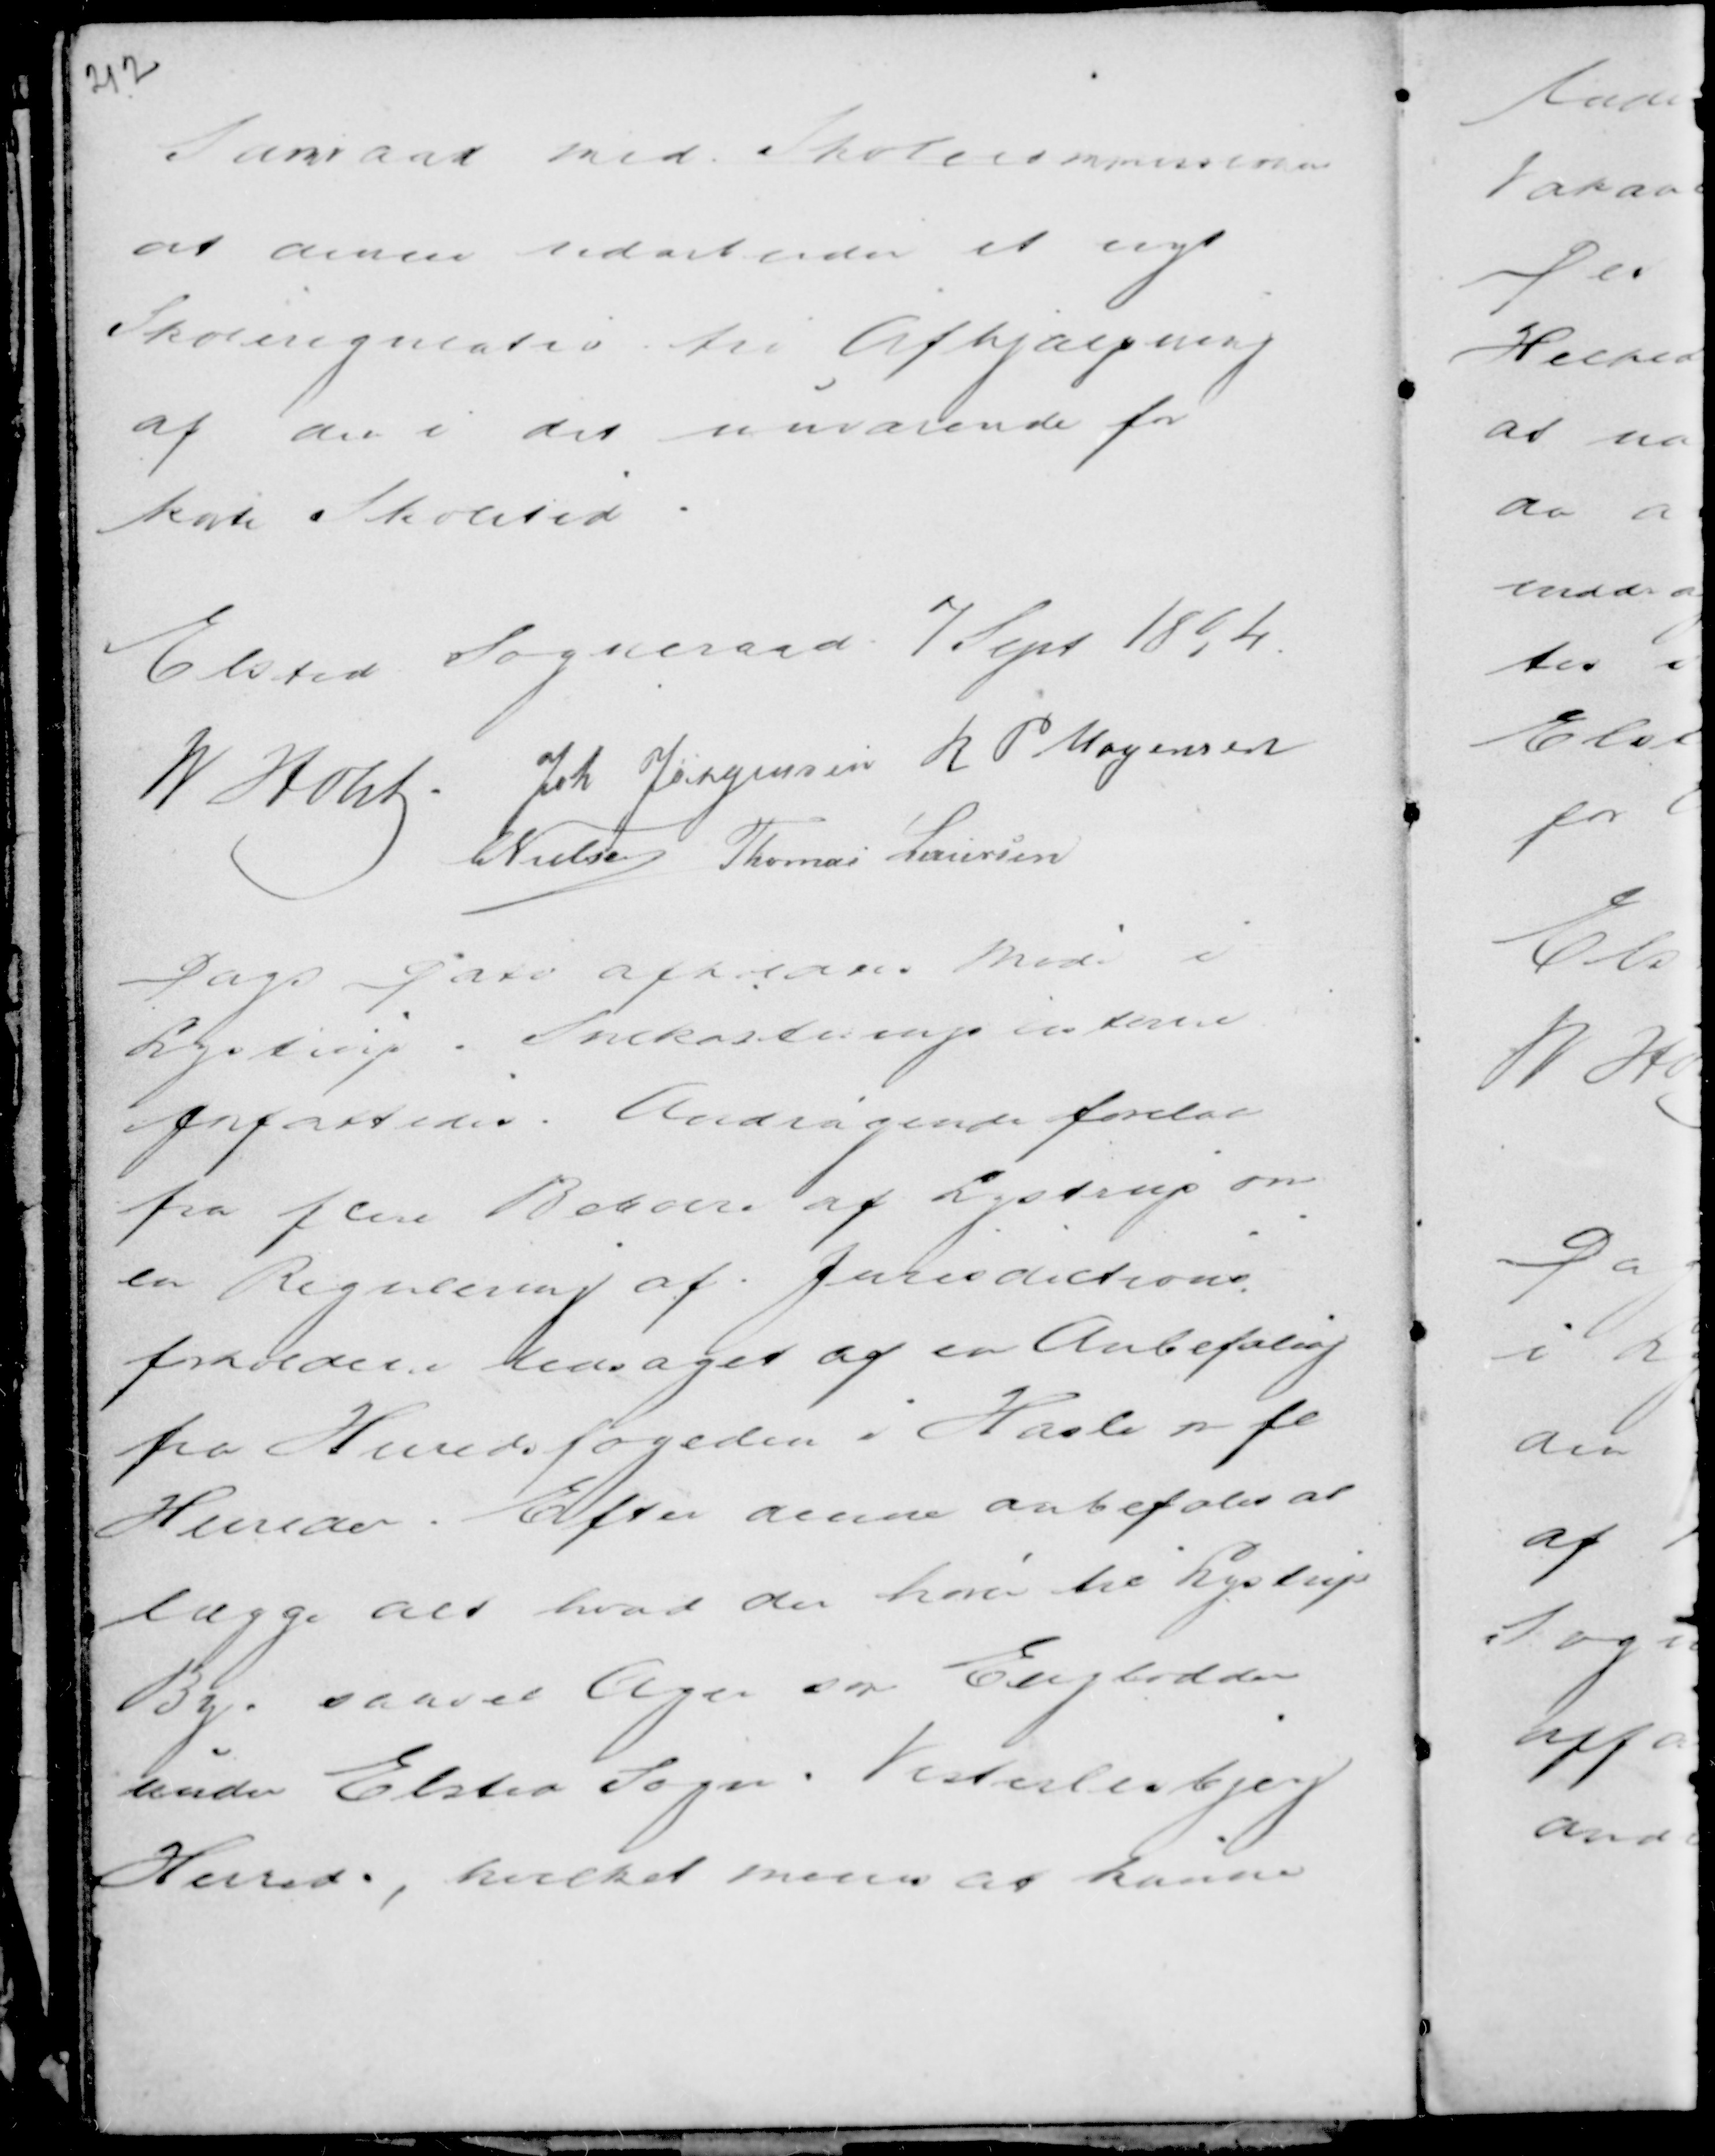
Transskription:
Samraad med Skolecommissionen
at denne udarbejder et nyt
Skoleregulativ til Afhjælpning
af den i det nuværende for
kerte Skoletid.

Elsted Sogneraad 7 Sept 1894
M Holst . Joh Jørgensen R P Mogensen
C Nielsen Thomas Laursen

Dags Dato afholdtes Møde i
Lystrup. Snekastningslisterne
forfattedes. Andragende forelaa
fra fem Beboere af Lystrup om
en Regulering af Jurisdictions
forholdene ledsaget af en Anbefaling
fra Herredsfogeden i Hasle m fl
Herreder. Efter denne anbefales at
lægge alt hvad der hører til Lystrup
By saavel Ager som Englodden
under Elsted Sogn. Vesterlisbjerg
Herred., hvilket menes at kunne